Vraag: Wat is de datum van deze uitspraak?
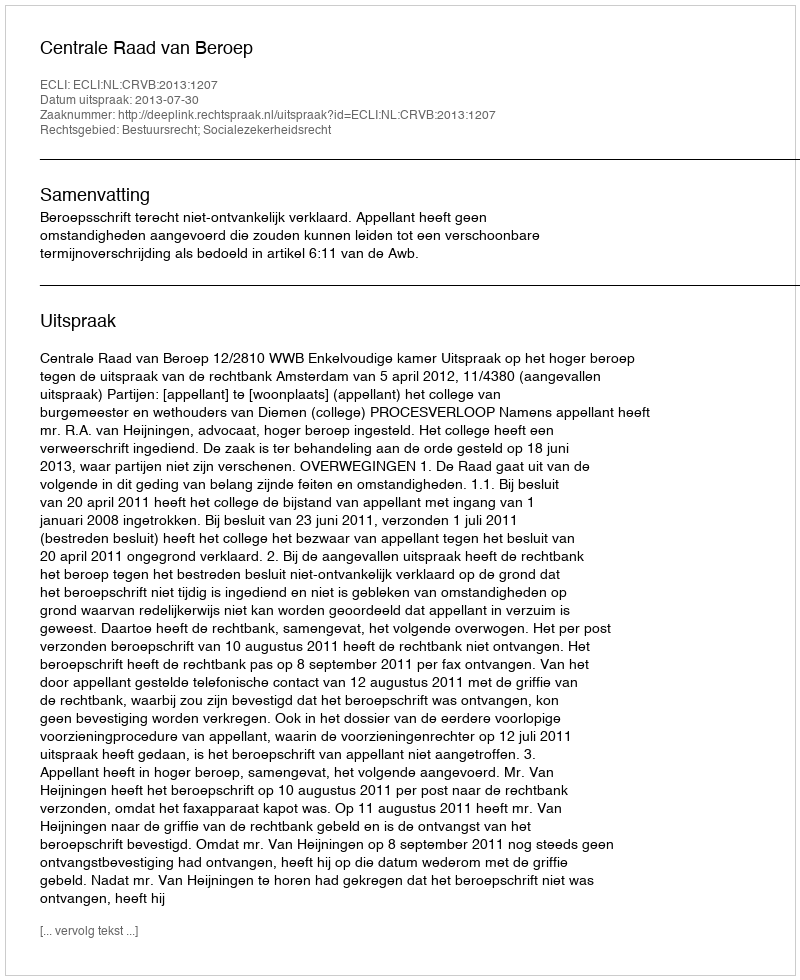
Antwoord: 2013-07-30